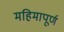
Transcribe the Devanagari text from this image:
महिमापूर्ण